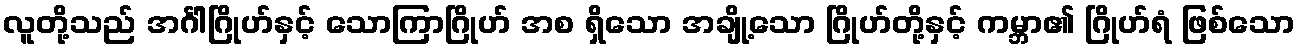
လူတို့သည် အင်္ဂါဂြိုဟ်နှင့် သောကြာဂြိုဟ် အစ ရှိသော အချို့သော ဂြိုဟ်တို့နှင့် ကမ္ဘာ၏ ဂြိုဟ်ရံ ဖြစ်သော